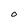
Character: O